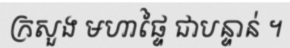
ក្រសួង មហាផ្ទៃ ជាបន្ទាន់ ។